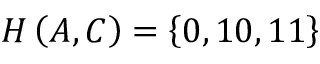
H \left( A , C \right) = \left\{ 0 , 1 0 , 1 1 \right\}